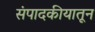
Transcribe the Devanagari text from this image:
संपादकीयातून